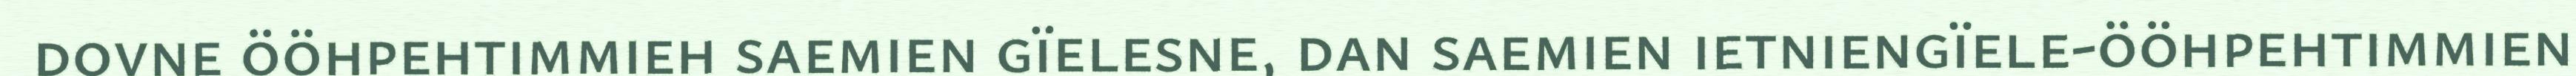
dovne ööhpehtimmieh saemien gïelesne, dan saemien ietniengïele-ööhpehtimmien